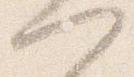
門